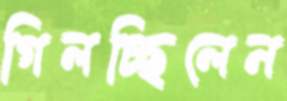
গিলচ্ছিলেন